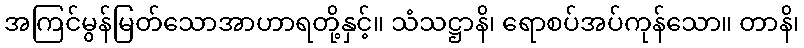
အကြင်မွန်မြတ်သောအာဟာရတို့နှင့်။ သံသဋ္ဌာနိ၊ ရောစပ်အပ်ကုန်သော။ တာနိ၊